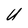
Character: U